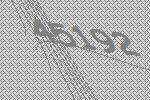
45192